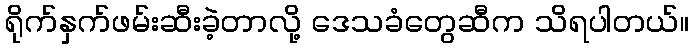
ရိုက်နှက်ဖမ်းဆီးခဲ့တာလို့ ဒေသခံတွေဆီက သိရပါတယ်။